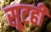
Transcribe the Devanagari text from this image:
सूटही